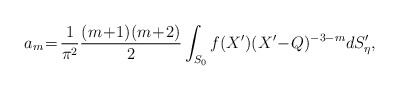
\begin{align*}a_{m}\!=\! \frac{1}{\pi^{2}}\frac{(m\!+\!1)(m\!+\! 2)}{2}\int_{S_{0}}f(X')(X'\!-\! Q)^{-3-m} dS'_{\eta}, \end{align*}